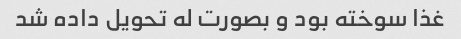
غذا سوخته بود و بصورت له تحویل داده شد